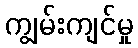
ကျွမ်းကျင်မှု